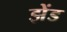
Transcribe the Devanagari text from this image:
झेंड